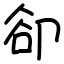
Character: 卻